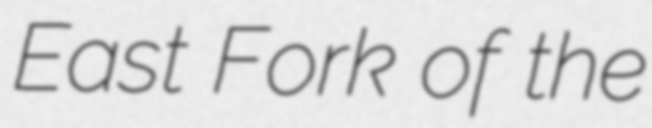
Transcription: East Fork of the